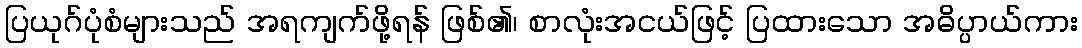
ပြယုဂ်ပုံစံများသည် အရကျက်ဖို့ရန် ဖြစ်၏၊ စာလုံးအငယ်ဖြင့် ပြထားသော အဓိပ္ပာယ်ကား